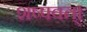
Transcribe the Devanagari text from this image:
शष्पवत्‌।